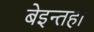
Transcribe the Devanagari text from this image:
बेइन्तहा